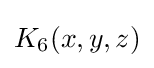
K_{6}(x,y,z)